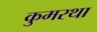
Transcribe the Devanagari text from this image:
कुमरथा